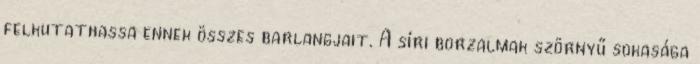
felkutathassa ennek összes barlangjait. A síri borzalmak szörnyű sokasága